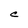
Character: C